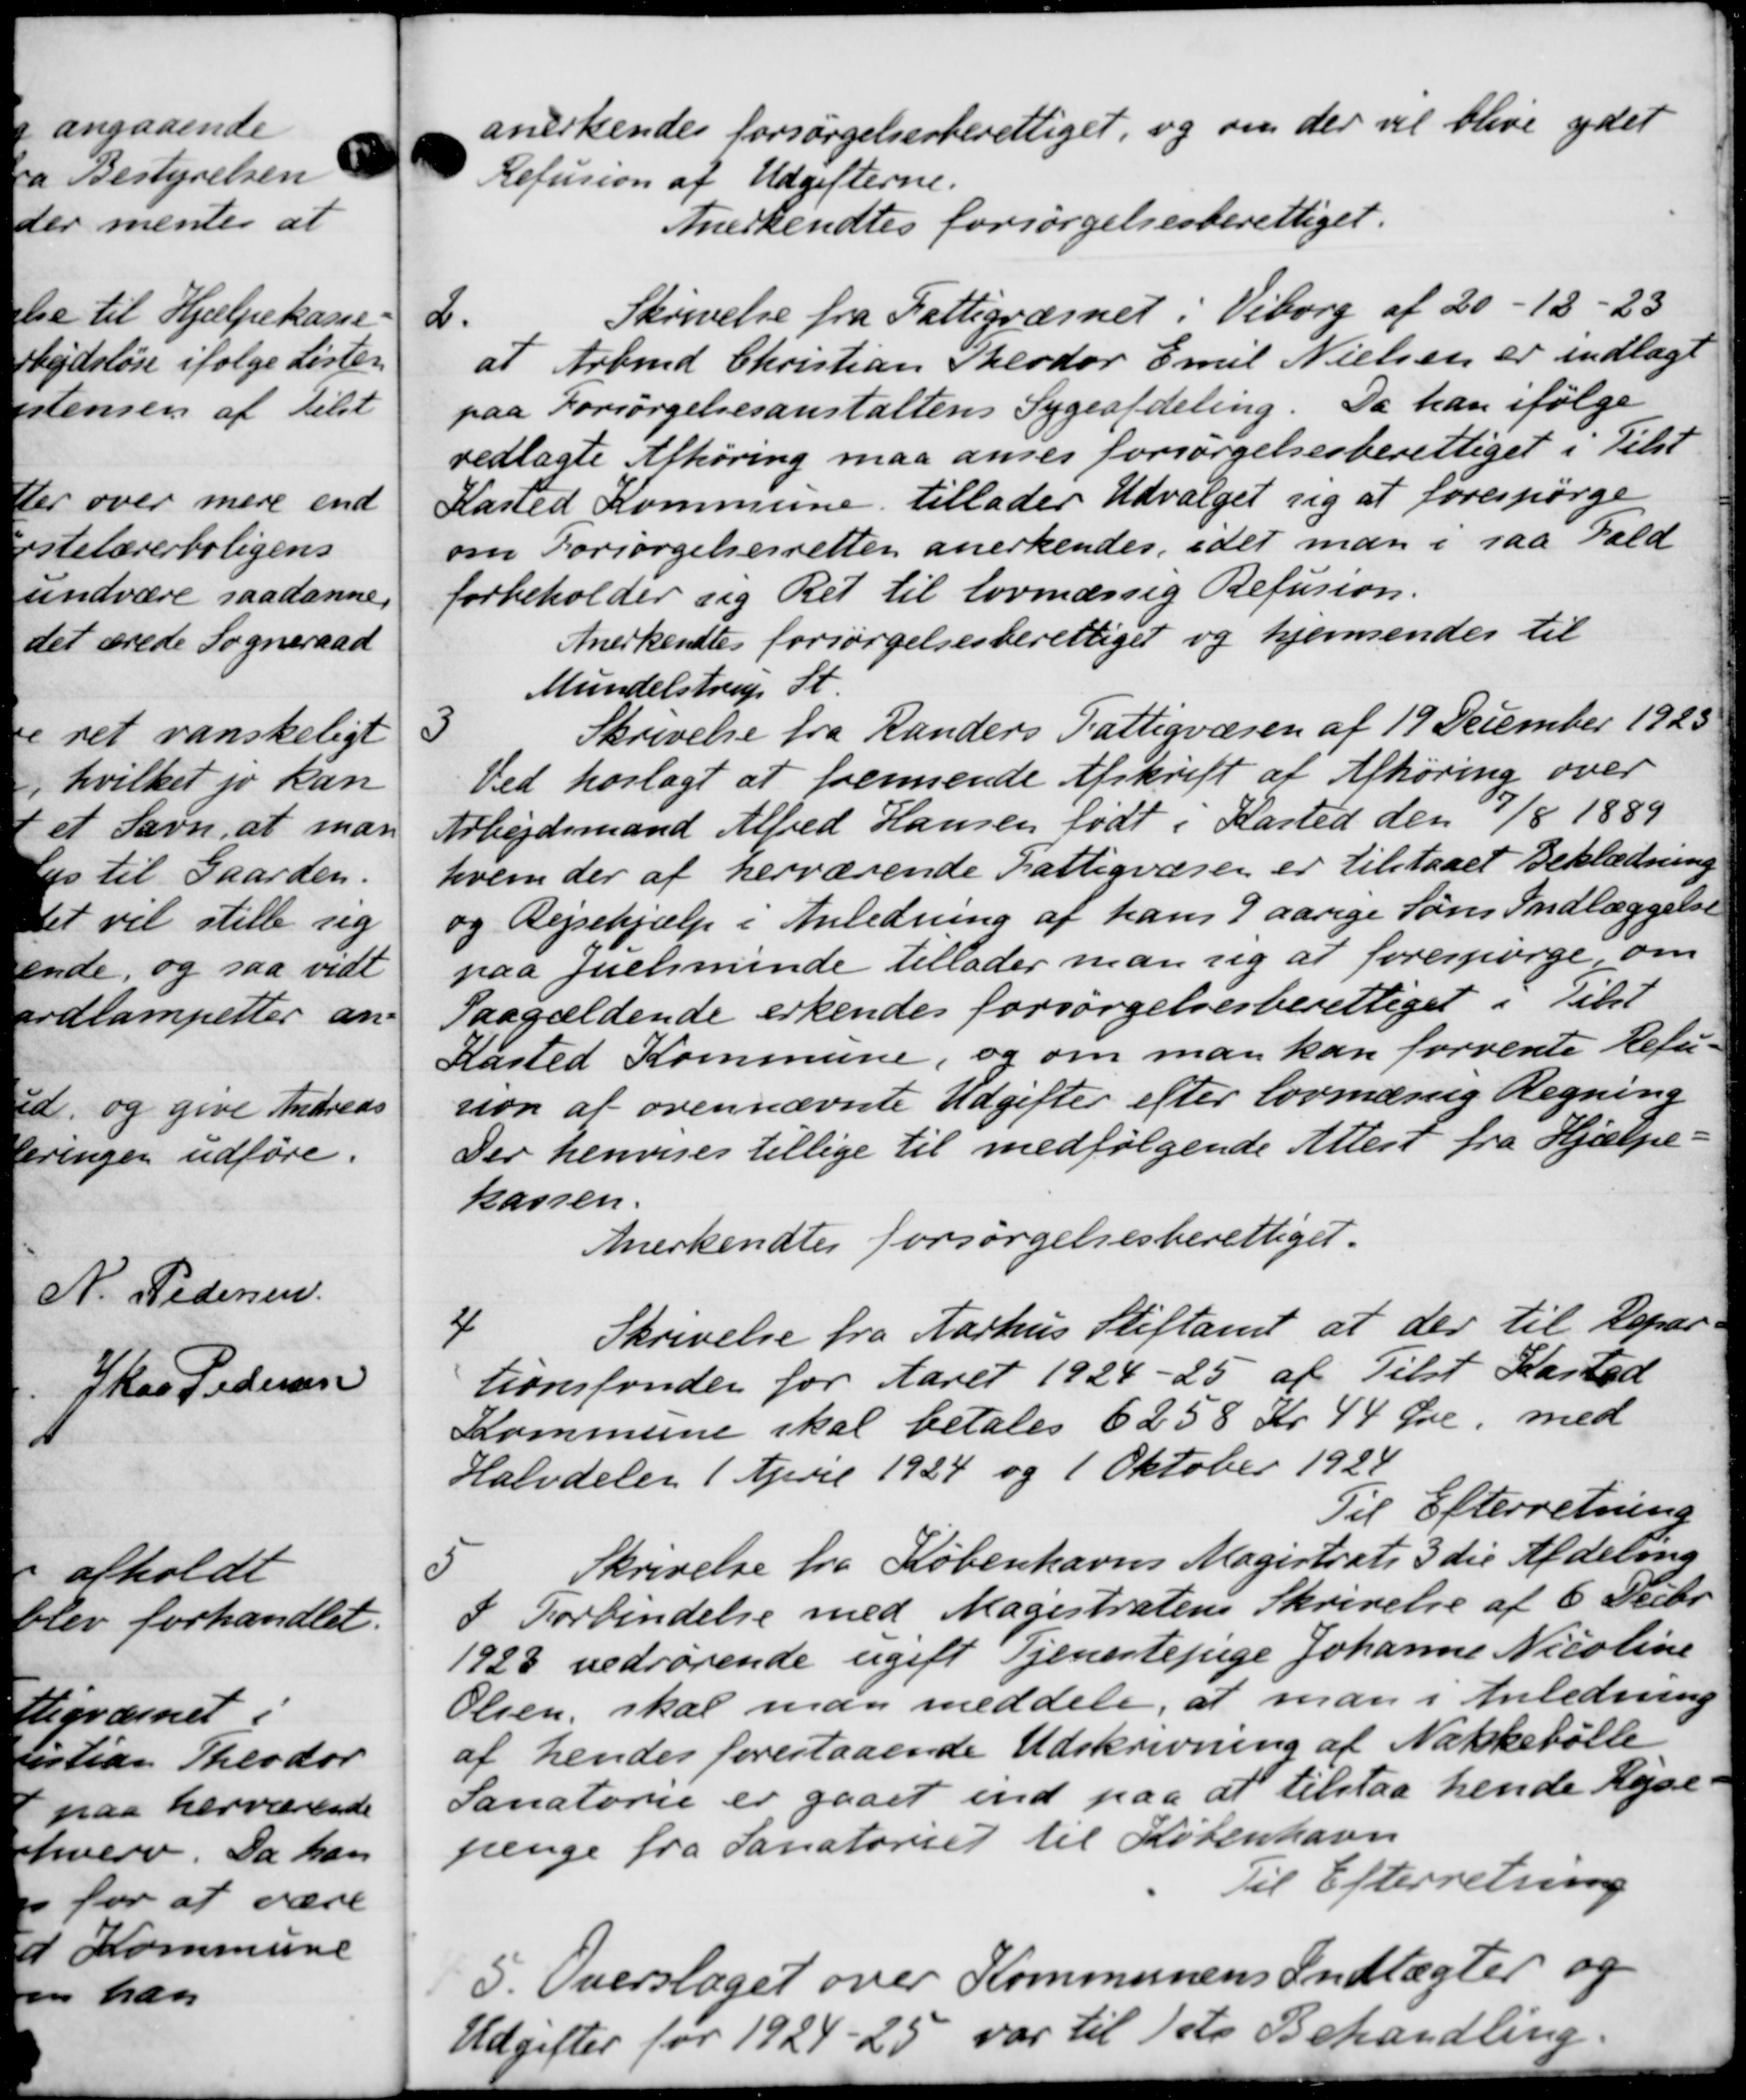
Transskription:
anerkendes forsørgelsesberettiget, og om der vil blive ydet
Refusion af Udgifterne.
Anerkendtes forsørgelsesberettiget.
2.
Skrivelse fra Fattigvæsnet i Viborg af 20 -18-23
at Arbmd Christian Theodor Emil Nielsen er indlagt
paa Forsørgelsesanstaltens Sygeafdeling. Da han ifølge
vedlagte Afhøring maa anses forsørgelsesberettiget i Tilst
Kasted Kommune tillader Udvalget sig at forespørge
om Forsørgelsesretten anerkendes, idet man i saa Fald
forbeholder sig Ret til lovmæssig Refusion.
Anerkendtes forsørgelsesberettiget og hjemsendes til
Mundelstrup St.
3
Skrivelse fra Randers Fattigvæsen af 19 December 1923
Ved hoslagt at fremsende Afskrift af Afhøring over
Arbejdsmand Alfred Hansen født i Kasted den 7/8 1889
hvem der af herværende Fattigvæsen er tilstaaet Beklædning
og Rejsehjælp i Anledning af hans 9 aarige Søns Indlæggelse
paa Juelsminde tillader man sig at forespørge om
Paagældende erkendes forsørgelsesberettiget i Tilst
Kasted Kommune, og om man kan forvente Refu-
son af ovennævnte Udgifter efter lovmæssig Regning
Der henvises tillige til medfølgende Attest fra Hjælpe-
kassen.
Anerkendtes forsørgelsesberettiget.
4
Skrivelse fra Aarhus Stiftamt at der til Repar-
tionsfonder for Aaret 1924-25 af Tilst Kasted
Kommune skal betales 6258 Kr 44 Øre, med
Halvdeler 1 April 1924 og 1 Oktober 1924
Til Efterretning
5
Skrivelse fra Københavns Magistrats 3 die Afdeling
I Forbindelse med Magistratens Skrivelse af 6 Decbr.
1928 vedrørende ugift Tjenestepige Johanne Nicoline
Olsen, skal man meddele, at man i Anledning
af hendes forestaaende Udskrivning af Nakkebølle
Sanatorie er gaaet ind paa at tilstaa hende Rejse
penge fra Sanatoriet til København
Til Efterretning
5.
Overslaget over Kommunens Indtægter og
Udgifter for 1924-25 var til 1ste Behandling